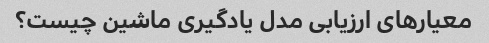
معیارهای ارزیابی مدل یادگیری ماشین چیست؟